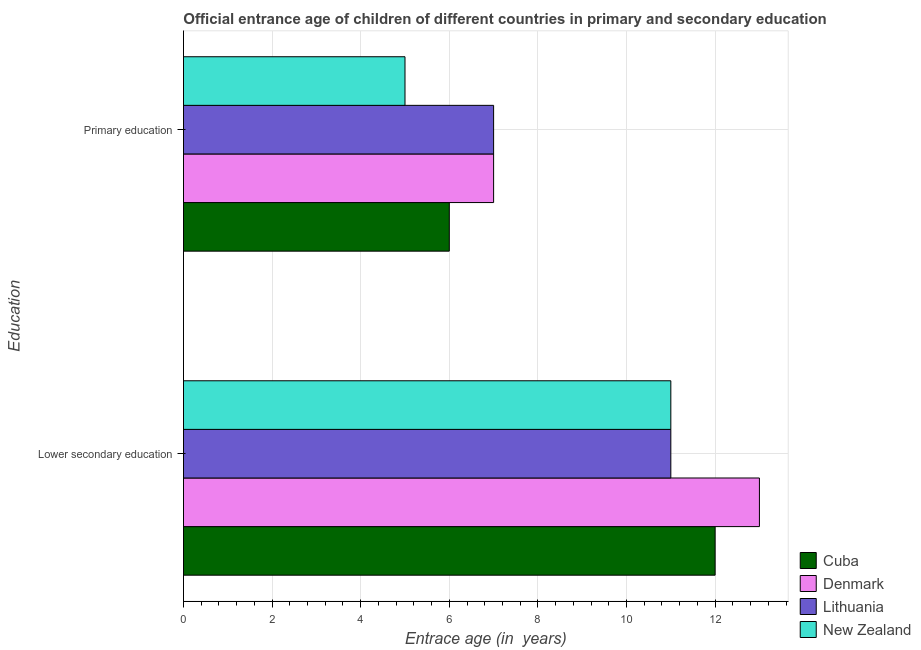
| Education | Cuba | Denmark | Lithuania | New Zealand |
 | --- | --- | --- | --- | --- |
 | Lower secondary education | 12 | 13 | 11 | 11 |
 | Primary education | 6 | 7 | 7 | 5 |